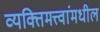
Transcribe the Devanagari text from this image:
व्यक्तिमत्त्वांमधील